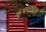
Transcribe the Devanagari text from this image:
कुंभवड्याचा